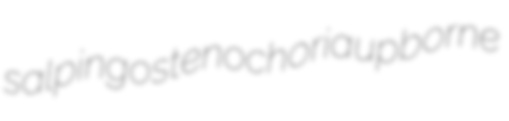
salpingostenochoria upborne